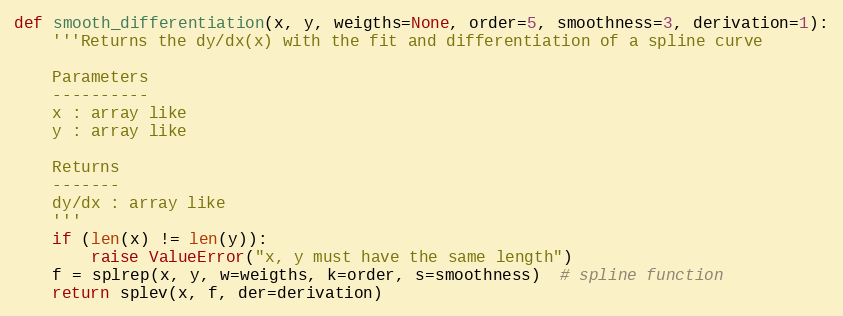
Language: Python
def smooth_differentiation(x, y, weigths=None, order=5, smoothness=3, derivation=1):
    '''Returns the dy/dx(x) with the fit and differentiation of a spline curve

    Parameters
    ----------
    x : array like
    y : array like

    Returns
    -------
    dy/dx : array like
    '''
    if (len(x) != len(y)):
        raise ValueError("x, y must have the same length")
    f = splrep(x, y, w=weigths, k=order, s=smoothness)  # spline function
    return splev(x, f, der=derivation)